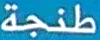
طنجة